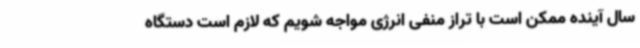
سال آینده ممکن است با تراز منفی انرژی مواجه شویم که لازم است دستگاه